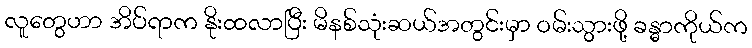
လူတွေဟာ အိပ်ရာက နိုးထလာပြီး မိနစ်သုံးဆယ်အတွင်းမှာ ဝမ်းသွားဖို့ ခန္ဓာကိုယ်က